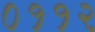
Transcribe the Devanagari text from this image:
०११२